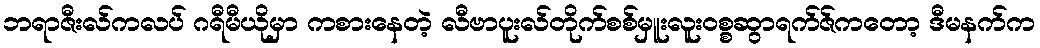
ဘရာဇီးလ်ကလပ် ဂရီမီယိုမှာ ကစားနေတဲ့ လီဗာပူးလ်တိုက်စစ်မှူးလူး၀စ္စဆွာရက်ဇ်ကတော့ ဒီမနက်က